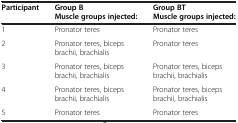
| <ROWSPAN=2> Participant | Group B | Group BT |
 | Muscle groups injected: | Muscle groups injected: |
 | --- | --- | --- |
 | 1 | Pronator teres | Pronator teres |
 | 2 | Pronator teres, biceps brachii, brachialis | Pronator teres |
 | 3 | Pronator teres, biceps brachii, brachialis | Pronator teres, biceps brachii, brachialis |
 | 4 | Pronator teres, biceps brachii, brachialis | Pronator teres, biceps brachii, brachialis |
 | 5 | Pronator teres | Pronator teres |